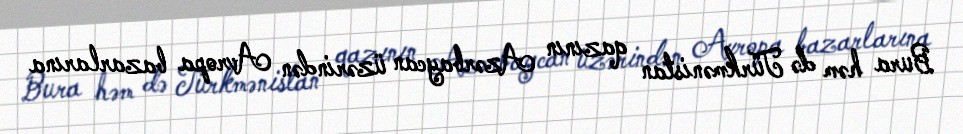
Bura həm də Türkmənistan qazının Azərbaycan üzərindən Avropa bazarlarına